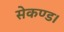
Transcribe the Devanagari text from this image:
सेकण्ड।